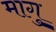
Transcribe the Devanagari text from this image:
मागु